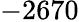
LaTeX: -2670